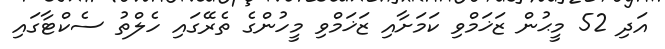
އަދި 52 މީޙުން ޒަޚަމްވި ކަމަށާއި ޒަޚަމްވި މީހުންގެ ތެރޭގައި ހެލްތު ސެކްޓާގައި